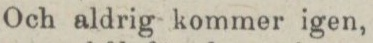
Och aldrig kommer igen,